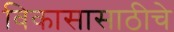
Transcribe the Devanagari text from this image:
विकासासाठीचे